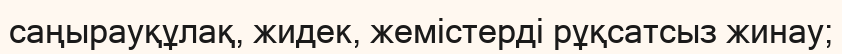
саңырауқұлақ, жидек, жемiстердi рұқсатсыз жинау;